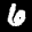
Label: 6